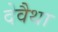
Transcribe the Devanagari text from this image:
देवैथा